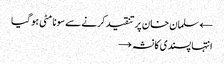
← سلمان خان پر تنقید کرنے سے سونا مٹی ہو گیا
انتہا پسندی کا نشہ →